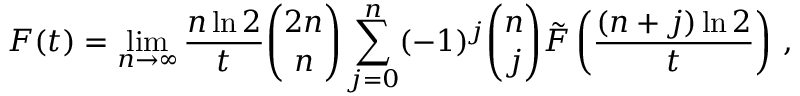
F ( t ) = \operatorname* { l i m } _ { n \to \infty } \frac { n \ln 2 } { t } { \binom { 2 n } { n } } \sum _ { j = 0 } ^ { n } ( - 1 ) ^ { j } { \binom { n } { j } } \tilde { F } \left( \frac { ( n + j ) \ln 2 } { t } \right) \, ,